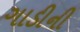
ગાડીની